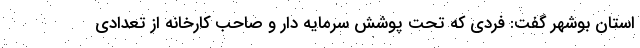
استان بوشهر گفت: فردی که تحت پوشش سرمایه دار و صاحب کارخانه از تعدادی